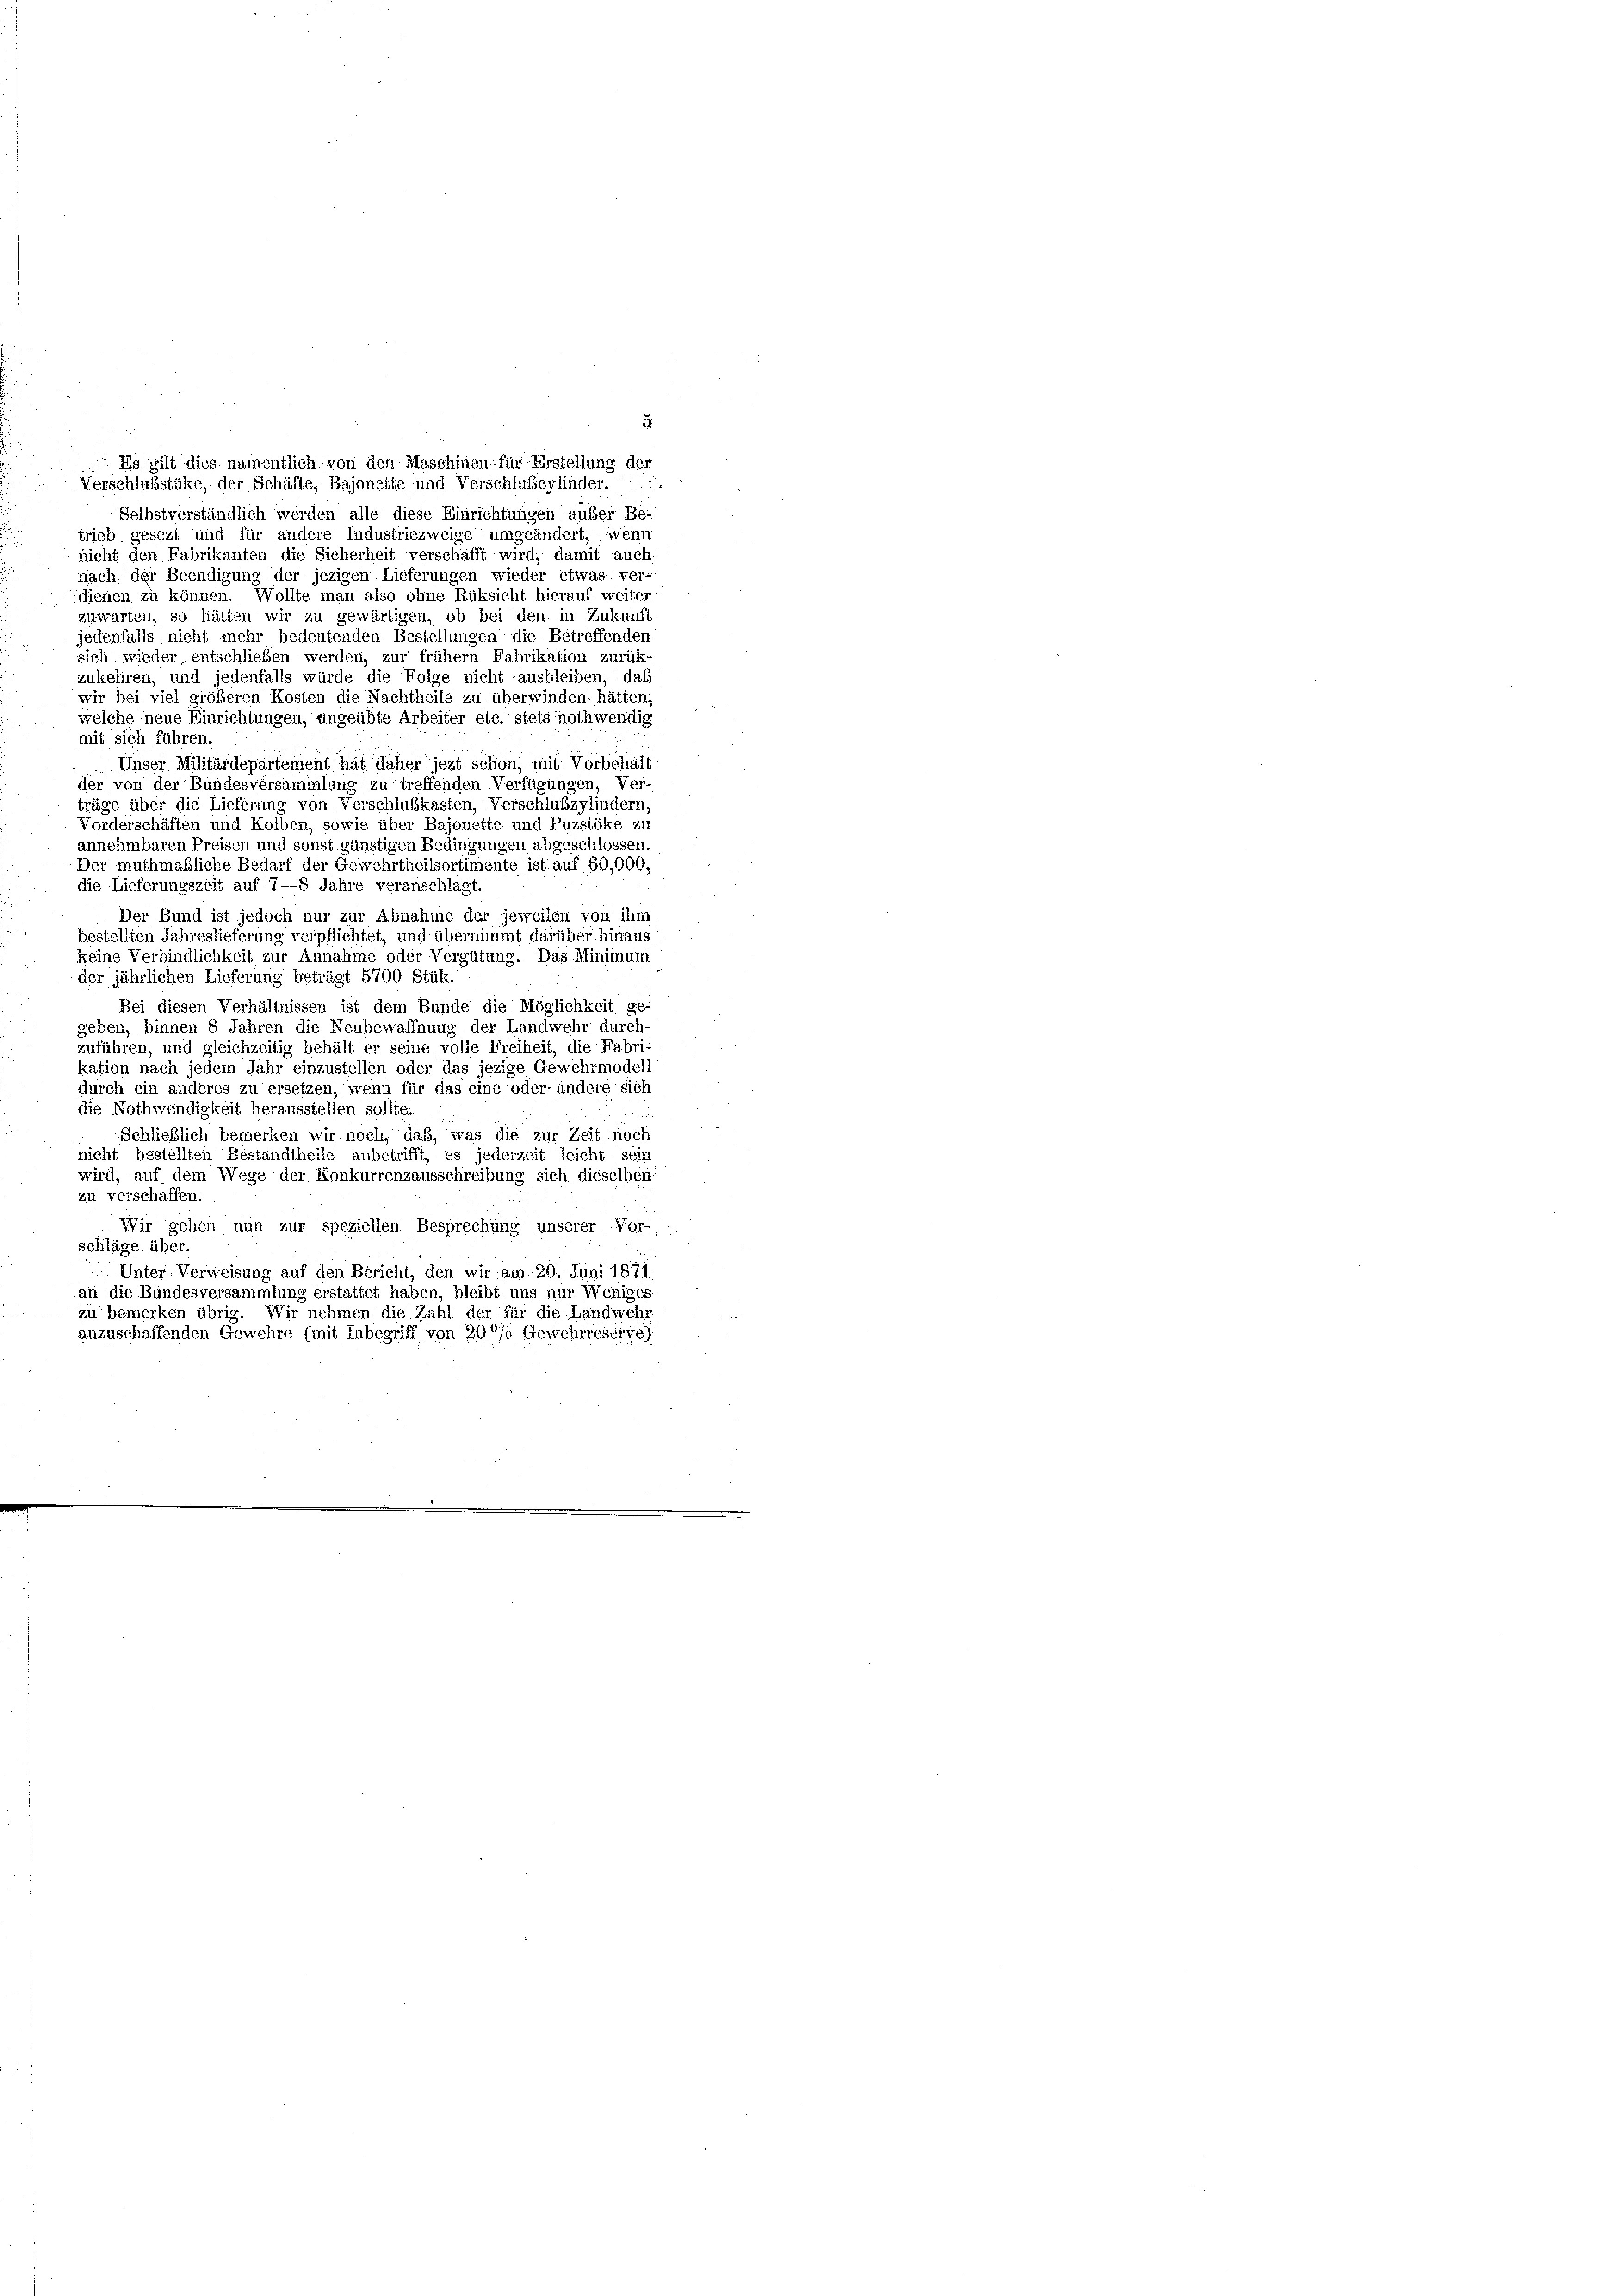
Es gilt dies namentlich von den Maschinen für Erstellung der
Verschlußstüke, der Schäfte, Bajonette und Verschlußeylinder.
Selbstverständlich werden alle diese Einrichtungen außer Be-
trieb gesezt und für andere Industriezweige umgeändert, wenn
nicht den Fabrikanten die Sicherheit verschäfft wird; damit auch
nach der Beendigung der jezigen Lieferungen wieder etwas ver-
dienen zu können. Wollte man also ohne Rüksicht hierauf weiter
zuwarten, so hätten wir zu gewärtigen, ob bei den in Zukunft
jedenfalls nicht mehr bedeutenden Bestellungen die Betreffenden
sich wieder entschließen werden, zur frühem Fabrikation zurück-
zukehren, und jedenfalls würde die Folge nicht ausbleiben, daß
wir bei viel größeren Kosten die Nachtheile zu überwinden hätten,
welche neue Einrichtungen, ungeübte Arbeiter etc. stets nothwendig
mit sich führen
Unser Militärdepartement hat daher jezt schon, mit Vorbehält
der von der Bundesversammlung zu treffenden Verfügungen, Ver-
träge über die Lieferung von Verschlußkasten, Verschlußzylindern,
Vorderschäften und Kolben, sowie über Bajonette und Puzstöke zu
annehmbaren Preisen und sonst günstigen Bedingungen abgeschlossen
Der muthmaßliche Bedarf der Gewehrtheilsortimente ist auf 60,000,
die Lieferungszeit auf 7—8 Jahre veranschlagt.
Der Bund ist jedoch nur zur Abnahme der jeweilen von ihm
bestellten Jahreslieferung verpflichtet, und übernimmt darüber hinaus
keine Verbindlichkeit zur Annahme oder Vergütung. Das Minimum
der jährlichen Lieferung beträgt 5700 Stük:
Bei diesen Verhältnissen ist dem Bunde die Möglichkeit ge-
geben, binnen 8 Jahren die Neubewaffnung der Landwehr durch
zuführen, und gleichzeitig behält er seine volle Freiheit, die Fabri-
kation nach jedem Jahr einzustellen oder das jezige Gewehrmodell
durch ein anderes zu ersetzen, wenn für das eine oder andere sich
die Nothwendigkeit herausstellen sollte.
Schließlich bemerken wir noch, daß, was die zur Zeit noch
nicht bestellten Bestandtheile anbetrifft, es jederzeit leicht sein
wird, auf dem Wege der Konkurrenzausschreibung sich dieselben
zu verschaffen.
Wir gehen nun zur speziellen Besprechung unserer Vor-
schläge über.
Unter Verweisung auf den Bericht, den wir am 20. Juni 1871.
an die Bundesversammlung erstattet haben, bleibt uns nur Weniges
zu bemerken übrig. Wir nehmen die Zahl der für die Landwehr
anzuschaffenden Gewehre (mit Inbegriff von 200 Gewehrreseite)

8